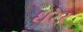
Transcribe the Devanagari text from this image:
घरेर